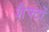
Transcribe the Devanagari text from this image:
शैफ्टों